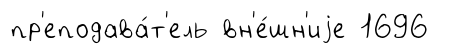
пр'еподава́т'ель вн'е́шн'иjе 1696